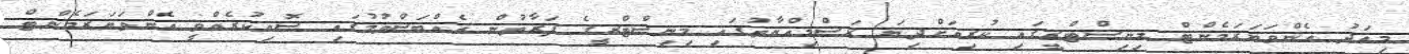
މިއަދު އެންވަޔަރަމެންޓް މިނިސްޓްރީގައި ކުރިއަށްދިޔަ ރަސްމިއްޔާތުގައި މިނިސްޓްރީގެ ފަރާތުން އެއްްބަސްވުމުގައި ސޮއިކުރެއްވީ އެންވަޔަރަމެންޓް